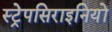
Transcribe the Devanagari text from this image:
स्ट्रेपसिराइनियों